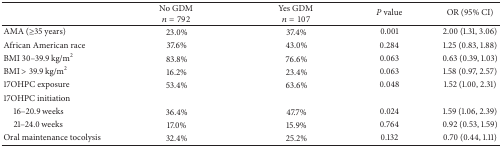
<table><thead><tr><td><b> </b></td><td><b>No GDM <i>n</i> = 792</b></td><td><b> Yes GDM <i>n</i> = 107</b></td><td><b><i>P</i> value</b></td><td><b>OR (95% CI)</b></td></tr></thead><tbody><tr><td>AMA (≥35 years)</td><td>23.0%</td><td>37.4%</td><td>0.001</td><td>2.00 (1.31, 3.06)</td></tr><tr><td>African American race</td><td>37.6%</td><td>43.0%</td><td>0.284</td><td>1.25 (0.83, 1.88)</td></tr><tr><td>BMI 30–39.9 kg/m<sup>2</sup></td><td>83.8%</td><td>76.6%</td><td>0.063</td><td>0.63 (0.39, 1.03)</td></tr><tr><td>BMI &gt; 39.9 kg/m<sup>2</sup></td><td>16.2%</td><td>23.4%</td><td>0.063</td><td>1.58 (0.97, 2.57)</td></tr><tr><td>17OHPC exposure</td><td>53.4%</td><td>63.6%</td><td>0.048</td><td>1.52 (1.00, 2.31)</td></tr><tr><td>17OHPC initiation</td><td> </td><td> </td><td> </td><td> </td></tr><tr><td> 16–20.9 weeks</td><td>36.4%</td><td>47.7%</td><td>0.024</td><td>1.59 (1.06, 2.39)</td></tr><tr><td> 21–24.0 weeks</td><td>17.0%</td><td>15.9%</td><td>0.764</td><td>0.92 (0.53, 1.59)</td></tr><tr><td>Oral maintenance tocolysis</td><td>32.4%</td><td>25.2%</td><td>0.132</td><td>0.70 (0.44, 1.11)</td></tr></tbody></table>